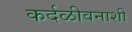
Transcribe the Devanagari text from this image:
कर्दळीवनाशी